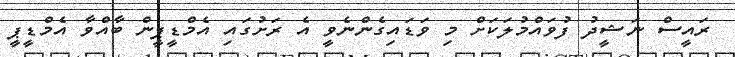
ރައީސް ނަޝީދު ފުވައްމުލަކަށް މި ވަޑައިގެންނެވީ އެ ރަށުގައި އެމްޑީޕީން ބާއްވާ އެމްޑީޕީ